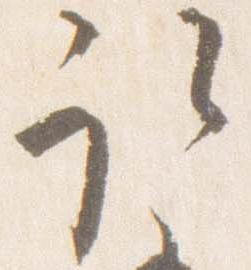
取